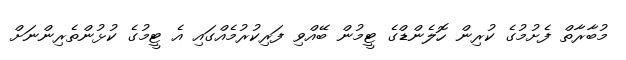
މުބާރާތް ފެށުމުގެ ކުރިން ހޮލެންޑްގެ ޓީމުން ބޭއްވި ފަރިކުރުމެއްގައި އެ ޓީމުގެ ކުޅުންތެރިންނަށް